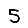
Digit: 5